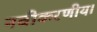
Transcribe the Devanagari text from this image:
नवीकरणीय।